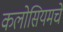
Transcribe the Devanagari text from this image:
कलोसियमचे